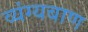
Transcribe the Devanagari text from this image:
व्यंग्यबाण